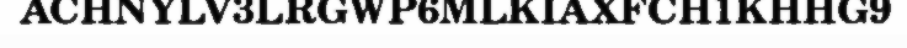
ACHNYLV3LRGWP6MLKIAXFCH1KHHG9